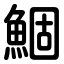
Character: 鯝